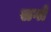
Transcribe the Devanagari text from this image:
सगों